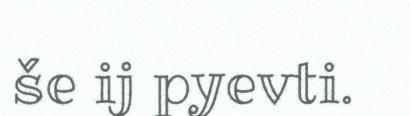
še ij pyevti.